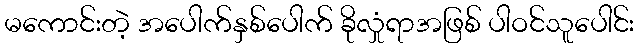
မကောင်းတဲ့ အပေါက်နှစ်ပေါက် ခိုလှုံရာအဖြစ် ပါဝင်သူပေါင်း